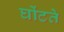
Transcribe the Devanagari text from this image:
घोंटते